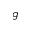
g